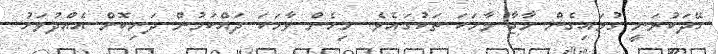
ހޭދަކުރަނީ ގުޅައިގެން މާޖާ ވާހަކަ ތަކުގައެވެ. މިހެން ވާހަކަ ދައްކަމުން ދަނިކޮށް އެއްދުވަހު